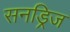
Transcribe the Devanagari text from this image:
सनड्रिज